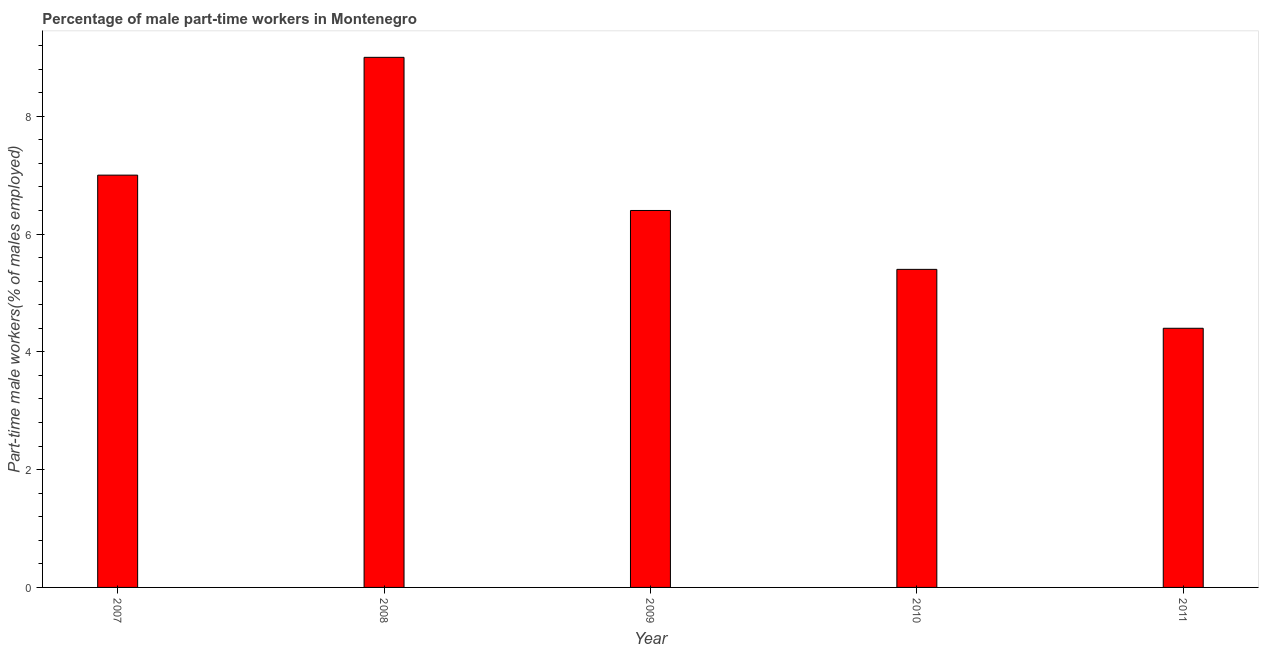
| Year | Part time employment |
 | --- | --- |
 | 2007 | 7 |
 | 2008 | 9 |
 | 2009 | 6.4 |
 | 2010 | 5.4 |
 | 2011 | 4.4 |